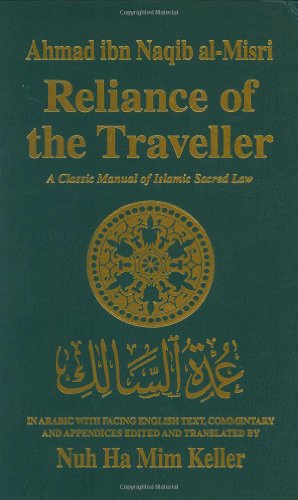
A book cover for Reliance of the Traveller: A Classic Manual of Islamic Sacred Law; Religion & Spirituality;